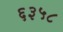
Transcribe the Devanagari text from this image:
६३५८